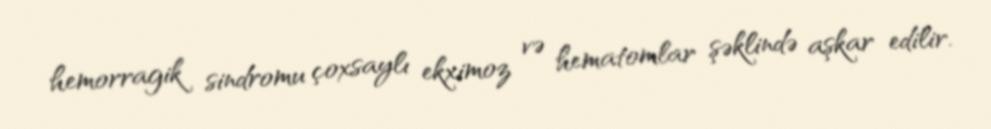
hemorragik sindromu çoxsaylı ekximoz və hematomlar şəklində aşkar edilir.